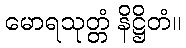
မောရသုတ္တံ နိဋ္ဌိတံ။